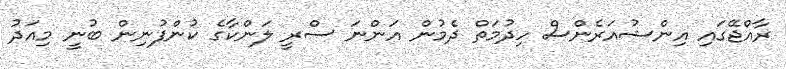
ރާއްޖޭގައި އިންޝުއަރެންސް ހިދުމަތް ދެމުން އަންނަ ސްރީ ލަންކާގެ ކުންފުނިން ބުނީ މިއަދު